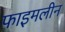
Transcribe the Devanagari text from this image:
फाइमलीन